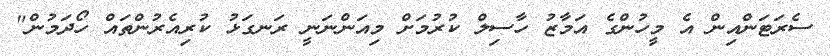
ސެރަޓަންއިން އެ މީހުންގެ އަމާޒު ހާސިލް ކުރުމަށް މިއަންނަނީ ރަނގަޅު ކުރިއެރުންތައް ހޯދަމުން"